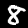
Label: 8